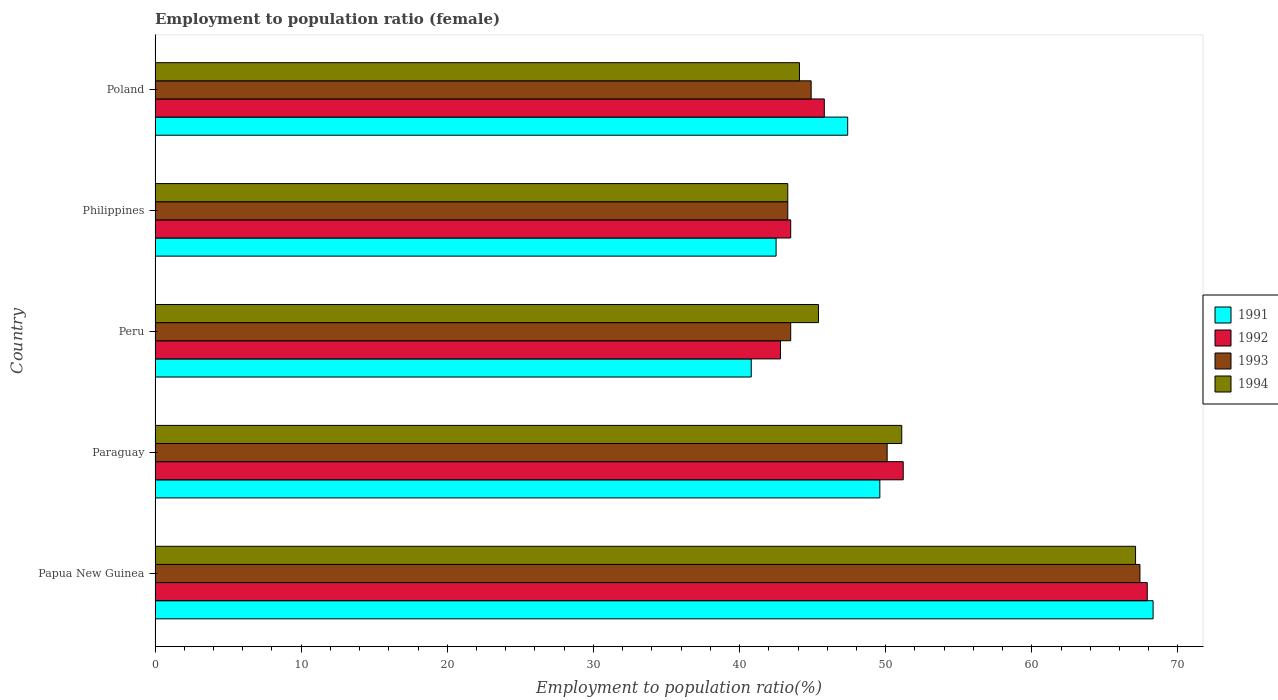
| Country | 1991 | 1992 | 1993 | 1994 |
 | --- | --- | --- | --- | --- |
 | Papua New Guinea | 68.3 | 67.9 | 67.4 | 67.1 |
 | Paraguay | 49.6 | 51.2 | 50.1 | 51.1 |
 | Peru | 40.8 | 42.8 | 43.5 | 45.4 |
 | Philippines | 42.5 | 43.5 | 43.3 | 43.3 |
 | Poland | 47.4 | 45.8 | 44.9 | 44.1 |